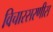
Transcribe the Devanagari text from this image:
विचारसरणीस